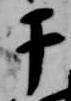
于